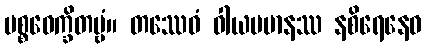
ပစ္စဝေက္ခိတဗ္ဗံ။ တဿေဝံ ဝါယမမာနဿ နစိရေနေဝ